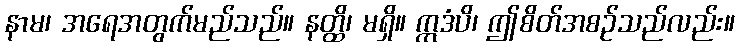
နာမ၊ အရေအတွက်မည်သည်။ နတ္ထိ၊ မရှိ။ ဣဒံပိ၊ ဤစိတ်အစဉ်သည်လည်း။